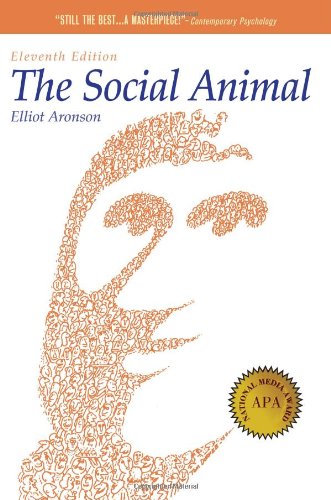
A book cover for The Social Animal; Elliot Aronson; Medical Books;